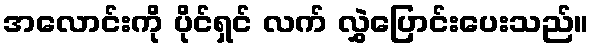
အလောင်းကို ပိုင်ရှင် လက် လွှဲပြောင်းပေးသည်။